Civil Veterinary Dept. Bombay admin report 1900-1906 - 1900-1906
Year: 1900
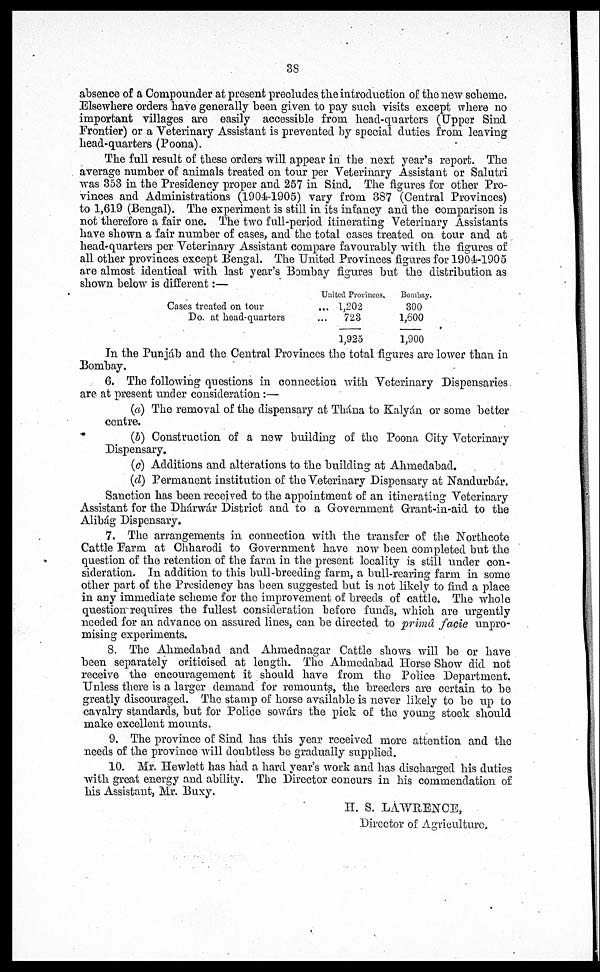
38
absence of a Compounder at present precludes the introduction of the new scheme.
Elsewhere orders have generally been given to pay such visits except where no
important villages are easily accessible from head-quarters (Upper Sind
Frontier) or a Veterinary Assistant is prevented by special duties from leaving
head-quarters (Poona).
The full result of these orders will appear in the next year's report. The
average number of animals treated on tour per Veterinary Assistant or Salutri
was 353 in the Presidency proper and 257 in Sind. The figures for other Pro-
vinces and Administrations (1904-1905) vary from 387 (Central Provinces)
to 1,619 (Bengal). The experiment is still in its infancy and the comparison is
not therefore a fair one. The two full-period itinerating Veterinary Assistants
have shown a fair number of cases, and the total cases treated on tour and at
head-quarters per Veterinary Assistant compare favourably with the figures of
all other provinces except Bengal. The United Provinces figures for 1904-1905
are almost identical with last year's Bombay figures but the distribution as
shown below is different:—
Cases treated on tour
Do. at head-quarters
United Provinces.
... 1,202
...
723
1,925
Bombay.
300
1,600
1,900
In the Punjab and the Central Provinces the total figures are lower than in
Bombay.
6. The following questions in connection with Veterinary Dispensaries.
are at present under consideration:—
(a) The removal of the dispensary at Thána to Kalyán or some better
centre.
(b) Construction of a now building of the Poona City Veterinary
Dispensary.
(c) Additions and alterations to the building at Ahmedabad,
(d) Permanent institution of the Veterinary Dispensary at Nandurbár.
Sanction has been received to the appointment of an itinerating Veterinary
Assistant for the Dhárwár District and to a Government Grant-in-aid to the
Alibág Dispensary.
7. The arrangements in connection with the transfer of the Northcote
Cattle Farm at Chharodi to Government have now been completed but the
question of the retention of the farm in the present locality is still under con-
sideration. In addition to this bull-breeding farm, a bull-rearing farm in some
other part of the Presidency has been suggested but is not likely to find a place
in any immediate scheme for the improvement of breeds of cattle. The whole
question requires the fullest consideration before funds, which are urgently
needed for an advance on assured lines, can be directed to primd facie unpro-
mising experiments.
8. The Ahmedabad and Ahmednagar Cattle shows will be or have
been separately criticised at length. The Ahmedabad Horse Show did not
receive the encouragement it should have from the Police Department.
Unless there is a larger demand for remounts, the breeders are certain to be
greatly discouraged. The stamp of horse available is never likely to be up to
cavalry standards, but for Police sowars the pick of the young stock should
make excellent mounts.
9. The province of Sind has this year received more attention and the
needs of the province will doubtless be gradually supplied.
10. Mr. Hewlett has had a hard year's work and has discharged his duties
with great energy and ability. The Director concurs in his commendation of
his Assistant, Mr. Buxy.
H. S. LAWRENCE,
Director of Agriculture.